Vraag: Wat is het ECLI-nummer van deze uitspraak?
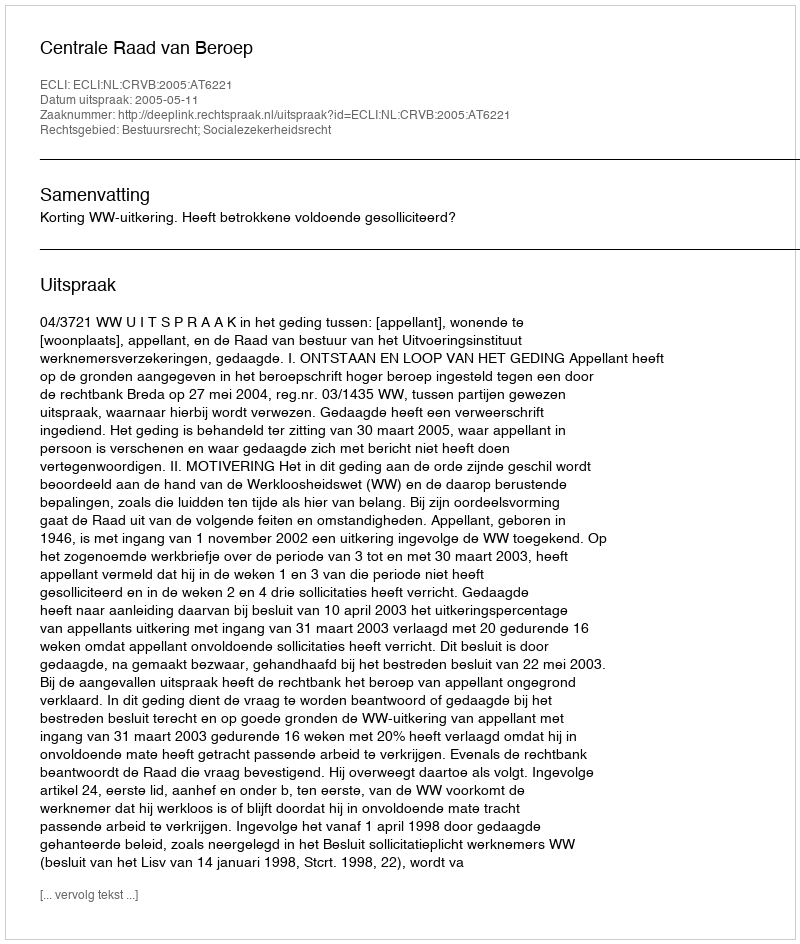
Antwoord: ECLI:NL:CRVB:2005:AT6221